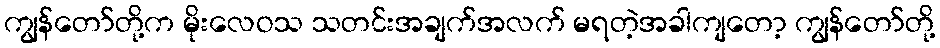
ကျွန်တော်တို့က မိုးလေဝသ သတင်းအချက်အလက် မရတဲ့အခါကျတော့ ကျွန်တော်တို့